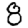
Digit: 8